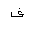
Letter: _fa